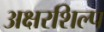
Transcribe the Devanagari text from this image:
अक्षरशिल्प